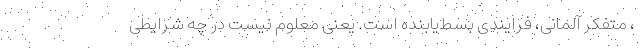
، متفکر آلمانی، فرایندی بسط‌یابنده است. یعنی معلوم نیست در چه شرایطی